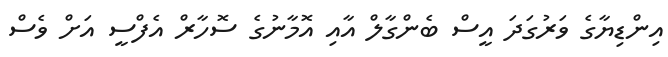
އިންޑިޔާގެ ވަރުގަދަ އީސް ބެންގާލް އާއި އޮމާނުގެ ސޮހާރް އެފްސީ އަށް ވެސް